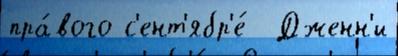
пра́вого с'ент'ябр'е́  Дженн'и